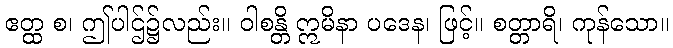
ဧတ္ထ စ၊ ဤပါဌ်၌လည်း။ ဝါစန္တိ ဣမိနာ ပဒေန၊ ဖြင့်။ စတ္တာရိ၊ ကုန်သော။